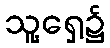
သူ့ရှေ့၌